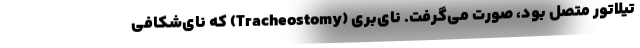
تیلاتور متصل بود، صورت می‌گرفت. نای‌بُری (Tracheostomy) که نای‌شِکافی